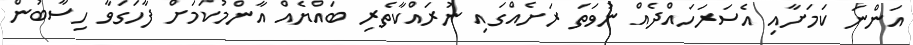
އަންނަ ކަމަށާއި އެސަރަހައްދެއް ނުވަތަ ރަށެއްގައި ނުރައްކާތެރި ބައްޔެއް އާންމުކަމަށް ފާހަގަވާ ހިސާބުން